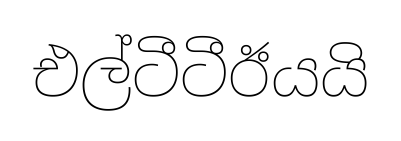
එල්ටීටීඊයයි